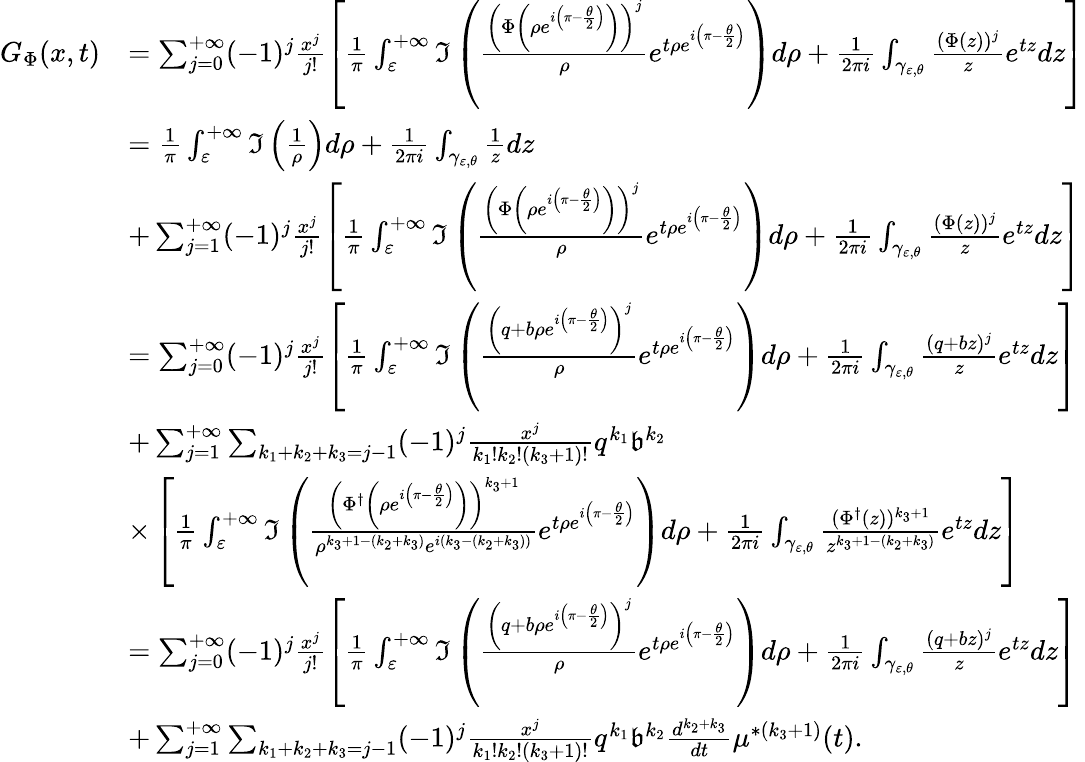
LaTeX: \begin{array}{rl}{G_{\Phi}(x,t)}&{=\sum_{j=0}^{+\infty}(-1)^{j}\frac{x^{j}}{j!}\left[\frac{1}{\pi}\int_{\varepsilon}^{+\infty}\Im\left(\frac{\left(\Phi\left(\rho e^{i\left(\pi-\frac{\theta}{2}\right)}\right)\right)^{j}}{\rho}e^{t\rho e^{i\left(\pi-\frac{\theta}{2}\right)}}\right)d\rho+\frac{1}{2\pi i}\int_{\gamma_{\varepsilon,\theta}}\frac{(\Phi(z))^{j}}{z}e^{tz}dz\right]}\\ &{=\frac{1}{\pi}\int_{\varepsilon}^{+\infty}\Im\left(\frac{1}{\rho}\right)d\rho+\frac{1}{2\pi i}\int_{\gamma_{\varepsilon,\theta}}\frac{1}{z}dz}\\ &{+\sum_{j=1}^{+\infty}(-1)^{j}\frac{x^{j}}{j!}\left[\frac{1}{\pi}\int_{\varepsilon}^{+\infty}\Im\left(\frac{\left(\Phi\left(\rho e^{i\left(\pi-\frac{\theta}{2}\right)}\right)\right)^{j}}{\rho}e^{t\rho e^{i\left(\pi-\frac{\theta}{2}\right)}}\right)d\rho+\frac{1}{2\pi i}\int_{\gamma_{\varepsilon,\theta}}\frac{(\Phi(z))^{j}}{z}e^{tz}dz\right]}\\ &{=\sum_{j=0}^{+\infty}(-1)^{j}\frac{x^{j}}{j!}\left[\frac{1}{\pi}\int_{\varepsilon}^{+\infty}\Im\left(\frac{\left(q+b\rho e^{i\left(\pi-\frac{\theta}{2}\right)}\right)^{j}}{\rho}e^{t\rho e^{i\left(\pi-\frac{\theta}{2}\right)}}\right)d\rho+\frac{1}{2\pi i}\int_{\gamma_{\varepsilon,\theta}}\frac{(q+bz)^{j}}{z}e^{tz}dz\right]}\\ &{+\sum_{j=1}^{+\infty}\sum_{k_{1}+k_{2}+k_{3}=j-1}(-1)^{j}\frac{x^{j}}{k_{1}!k_{2}!(k_{3}+1)!}q^{k_{1}}\mathfrak{b}^{k_{2}}}\\ &{\times\left[\frac{1}{\pi}\int_{\varepsilon}^{+\infty}\Im\left(\frac{\left(\Phi^{\dagger}\left(\rho e^{i\left(\pi-\frac{\theta}{2}\right)}\right)\right)^{k_{3}+1}}{\rho^{k_{3}+1-(k_{2}+k_{3})}e^{i(k_{3}-(k_{2}+k_{3}))}}e^{t\rho e^{i\left(\pi-\frac{\theta}{2}\right)}}\right)d\rho+\frac{1}{2\pi i}\int_{\gamma_{\varepsilon,\theta}}\frac{(\Phi^{\dagger}(z))^{k_{3}+1}}{z^{k_{3}+1-(k_{2}+k_{3})}}e^{tz}dz\right]}\\ &{=\sum_{j=0}^{+\infty}(-1)^{j}\frac{x^{j}}{j!}\left[\frac{1}{\pi}\int_{\varepsilon}^{+\infty}\Im\left(\frac{\left(q+b\rho e^{i\left(\pi-\frac{\theta}{2}\right)}\right)^{j}}{\rho}e^{t\rho e^{i\left(\pi-\frac{\theta}{2}\right)}}\right)d\rho+\frac{1}{2\pi i}\int_{\gamma_{\varepsilon,\theta}}\frac{(q+bz)^{j}}{z}e^{tz}dz\right]}\\ &{+\sum_{j=1}^{+\infty}\sum_{k_{1}+k_{2}+k_{3}=j-1}(-1)^{j}\frac{x^{j}}{k_{1}!k_{2}!(k_{3}+1)!}q^{k_{1}}\mathfrak{b}^{k_{2}}\frac{d^{k_{2}+k_{3}}}{dt}\mu^{\ast(k_{3}+1)}(t).}\end{array}